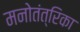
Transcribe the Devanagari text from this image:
मनोतंत्रिका